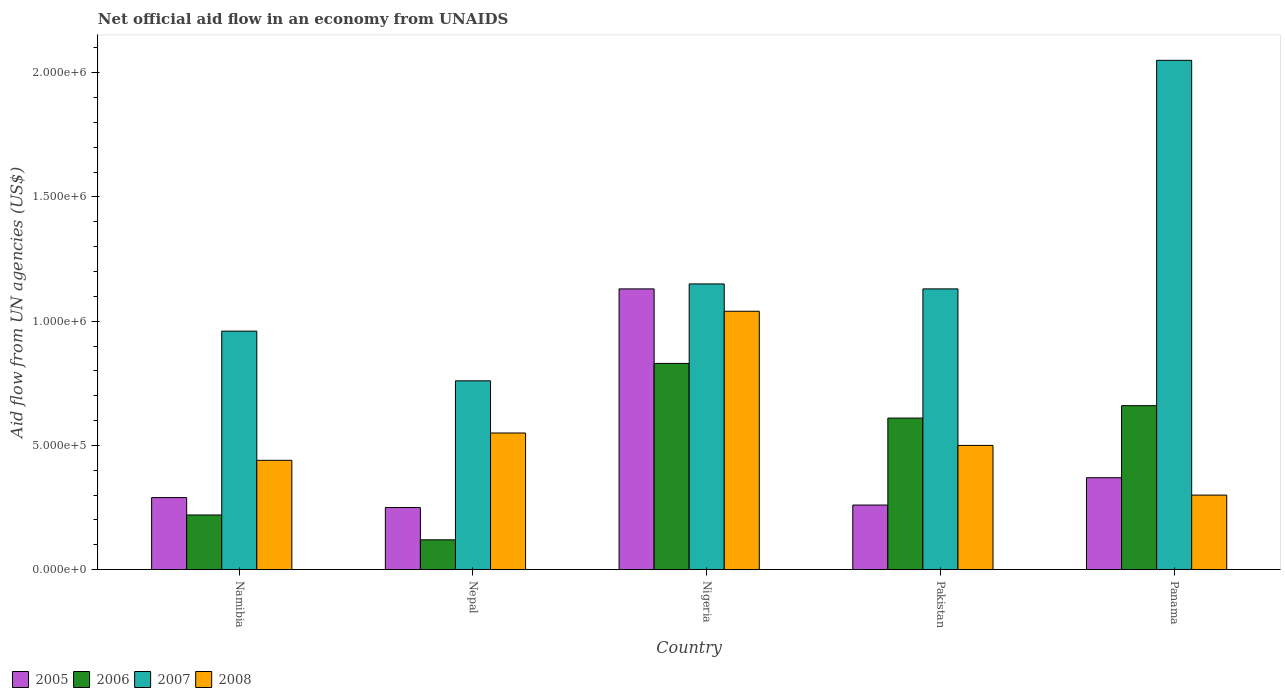
| Country | 2005 | 2006 | 2007 | 2008 |
 | --- | --- | --- | --- | --- |
 | Namibia | 2.9e+05 | 2.2e+05 | 9.6e+05 | 4.4e+05 |
 | Nepal | 2.5e+05 | 1.2e+05 | 7.6e+05 | 5.5e+05 |
 | Nigeria | 1.13e+06 | 8.3e+05 | 1.15e+06 | 1.04e+06 |
 | Pakistan | 2.6e+05 | 6.1e+05 | 1.13e+06 | 5e+05 |
 | Panama | 3.7e+05 | 6.6e+05 | 2.05e+06 | 3e+05 |